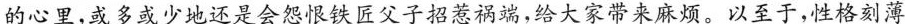
的心里,或多或少地还是会怨恨铁匠父子招惹祸端,给大家带来麻烦。以至于,性格刻薄